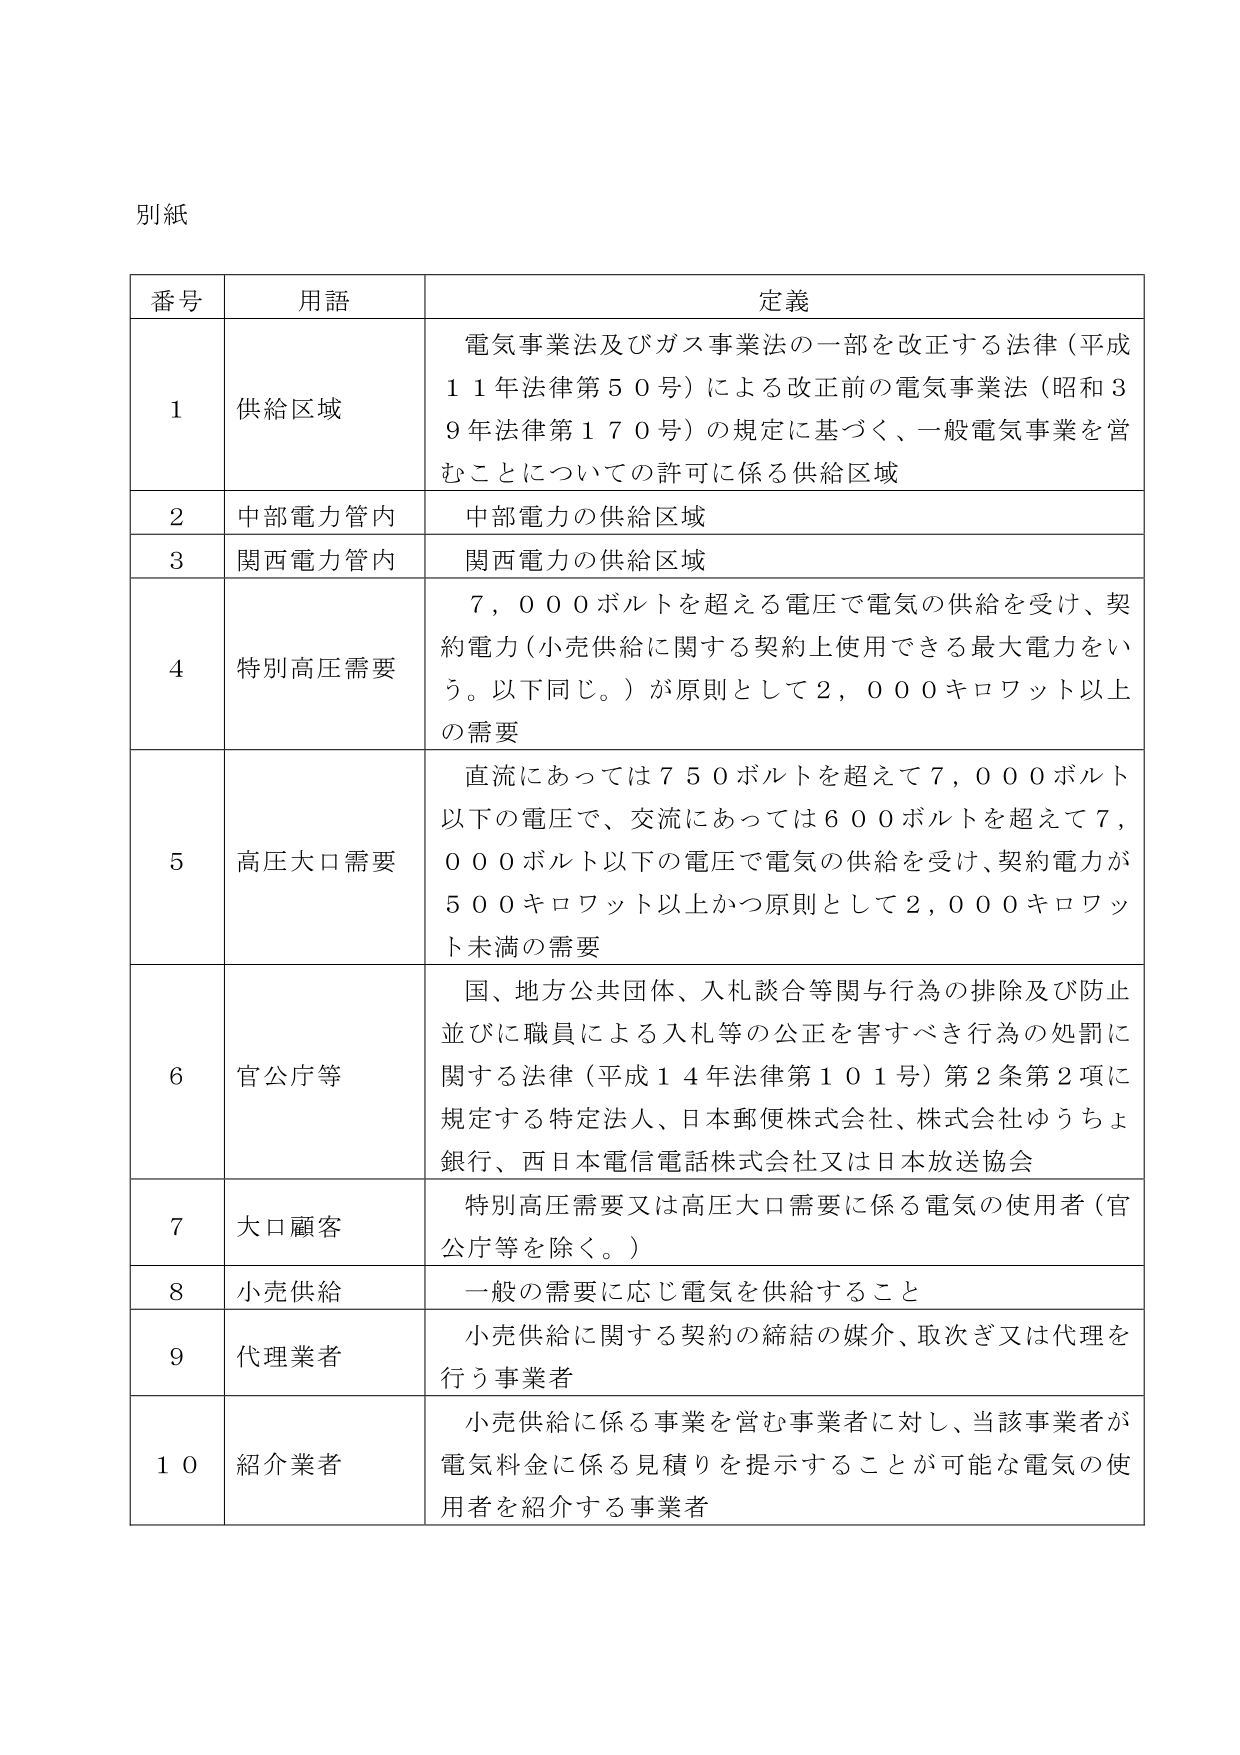
別紙

番号 用語 定義
1 供給区域 電気事業法及びガス事業法の一部を改正する法律（平成11年法律第50号）による改正前の電気事業法（昭和39年法律第170号）の規定に基づく、一般電気事業を営むことについての許可に係る供給区域
2 中部電力管内 中部電力の供給区域
3 関西電力管内 関西電力の供給区域
4 特別高圧需要 7,000ボルトを超える電圧で電気の供給を受け、契約電力（小売供給に関する契約上使用できる最大電力をいう。以下同じ。）が原則として2,000キロワット以上の需要
5 高圧大口需要 直流にあっては750ボルトを超えて7,000ボルト以下の電圧で、交流にあっては600ボルトを超えて7,000ボルト以下の電圧で電気の供給を受け、契約電力が500キロワット以上かつ原則として2,000キロワット未満の需要
6 官公庁等 国、地方公共団体、入札談合等関与行為の排除及び防止並びに職員による入札等の公正を害すべき行為の処罰に関する法律（平成14年法律第101号）第2条第2項に規定する特定法人、日本郵便株式会社、株式会社ゆうちょ銀行、西日本電信電話株式会社又は日本放送協会
7 大口顧客 特別高圧需要又は高圧大口需要に係る電気の使用者（官公庁等を除く。）
8 小売供給 一般の需要に応じ電気を供給すること
9 代理業者 小売供給に関する契約の締結の媒介、取次ぎ又は代理を行う事業者
10 紹介業者 小売供給に係る事業を営む事業者に対し、当該事業者が電気料金に係る見積りを提示することが可能な電気の使用者を紹介する事業者